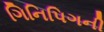
ગિનિપિગની